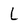
Character: L